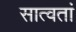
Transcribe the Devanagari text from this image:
सात्वतां